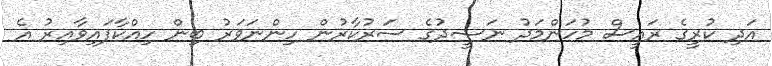
އަދި ކުރީގެ ރައީސް މުހަންމަދު ނަޝީދުގެ ސަރުކާރުން ހިންނަވަރު ބިން ހިއްކާފައިވާއިރު އެ